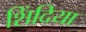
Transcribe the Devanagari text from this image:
शिंदिया